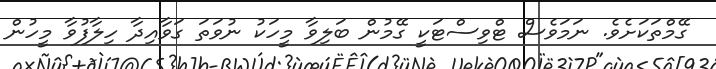
ގޭމްތަކަށެވެ. ނަމަވެސް ޓްވިސްޓަކީ ގޭމުން ބަލިވާ މީހަކު ނުވަތަ ގަވާއިދާ ހިލާފުވާ މީހުން